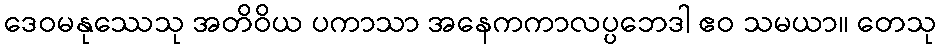
ဒေဝမနုဿေသု အတိဝိယ ပကာသာ အနေကကာလပ္ပဘေဒါ ဧဝ သမယာ။ တေသု